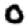
Digit: 0